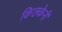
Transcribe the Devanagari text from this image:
किलकेनी